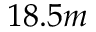
1 8 . 5 m